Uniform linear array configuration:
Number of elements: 4
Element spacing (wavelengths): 1
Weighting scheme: binomial
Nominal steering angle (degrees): -30
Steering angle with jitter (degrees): -31.234
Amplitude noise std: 0.05
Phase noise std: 0.05

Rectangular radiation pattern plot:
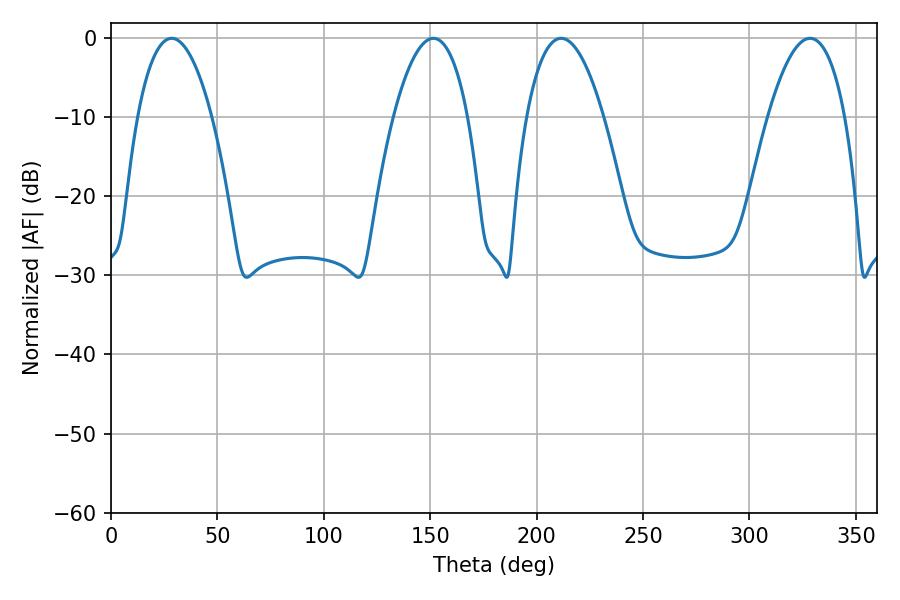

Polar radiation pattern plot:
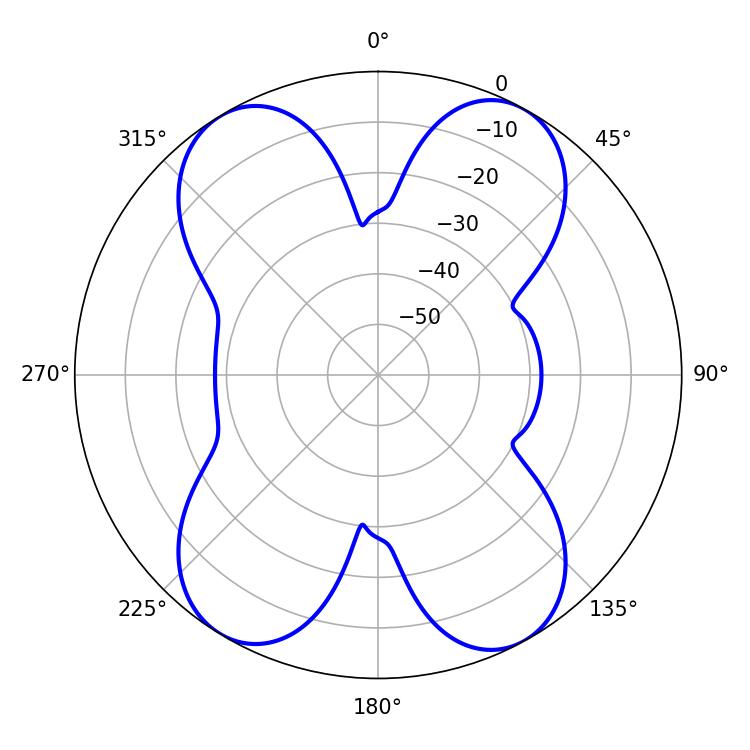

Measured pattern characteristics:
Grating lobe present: TRUE
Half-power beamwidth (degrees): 20.16
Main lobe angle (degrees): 211.5